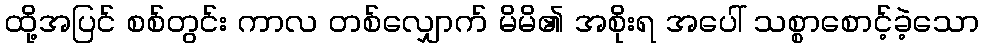
ထို့အပြင် စစ်တွင်း ကာလ တစ်လျှောက် မိမိ၏ အစိုးရ အပေါ် သစ္စာစောင့်ခဲ့သော